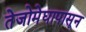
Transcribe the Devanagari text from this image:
तेजोमेघापासून